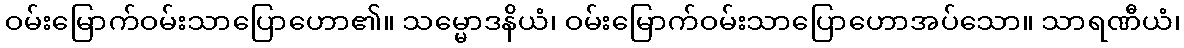
ဝမ်းမြောက်ဝမ်းသာပြောဟော၏။ သမ္မောဒနိယံ၊ ဝမ်းမြောက်ဝမ်းသာပြောဟောအပ်သော။ သာရဏီယံ၊